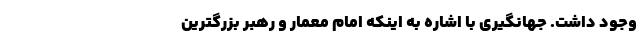
وجود داشت. جهانگیری با اشاره به اینکه امام معمار و رهبر بزرگترین